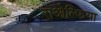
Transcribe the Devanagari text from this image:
राओल्फिया